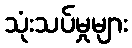
သုံးသပ်မှုများ